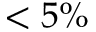
< 5 \%